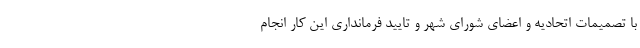
با تصمیمات اتحادیه و اعضای شورای شهر و تایید فرمانداری این کار انجام